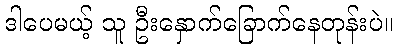
ဒါပေမယ့် သူ ဦးနှောက်ခြောက်နေတုန်းပဲ။